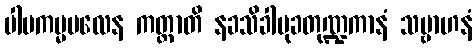
ပါပကမ္မဗလေန ကတ္တာတိ နခသိခါမုခတုဏ္ဍကာနံ သမ္ဗာဟနံ